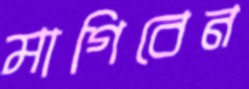
মাগিবেন